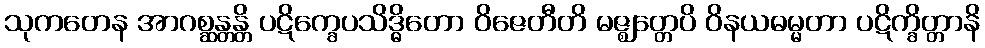
သုကတေန အာဂစ္ဆန္တန္တိ ပဋိက္ခေပသိဒ္ဓိတော ဝိဇေတီတိ မဇ္ဈတ္တေပိ ဝိနယဓမ္မတာ ပဋိက္ခိတ္တာနိ